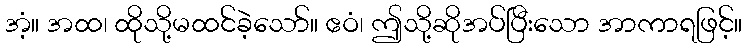
အံ့။ အထ၊ ထိုသို့မထင်ခဲ့သော်။ ဧဝံ၊ ဤသို့ဆိုအပ်ပြီးသော အာကာရဖြင့်။